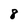
Character: 8